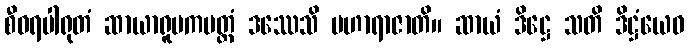
စီဝရပါရုတံ ဆာယာရူပကမတ္တံ ဒဿေသိ မဟာရာဇာတိ။ ဆာယံ ဒိဋ္ဌေ သတိ ဒိဋ္ဌံယေဝ